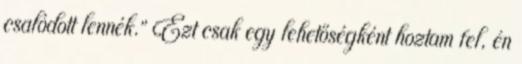
csalódott lennék.” Ezt csak egy lehetőségként hoztam fel, én